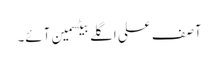
آصف علی اگلے بیٹسمین آئے۔